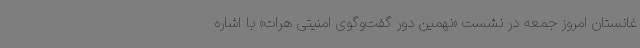
غانستان امروز جمعه در نشست «نهمین دور گفت‌وگوی امنیتی هرات» با اشاره